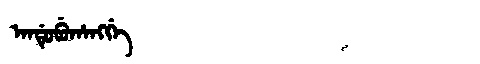
Manchu: ᠠᠨᡩᡠᠪᡠᡥᠠᠩᡤᡝ
Romanization: ANDUBUHANGGE